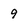
Character: 9